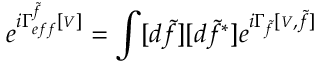
\begin{array} { l } { { \displaystyle e ^ { i \Gamma _ { e f f } ^ { \tilde { f } } [ { \scriptscriptstyle V } ] } = \int [ d \tilde { f } ] [ d \tilde { f } ^ { * } ] e ^ { i \Gamma _ { \tilde { f } } [ { \scriptscriptstyle V } , \tilde { f } ] } } } \end{array}